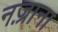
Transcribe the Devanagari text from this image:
नज़्राना